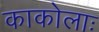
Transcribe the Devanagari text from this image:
काकोलाः